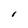
Character: I